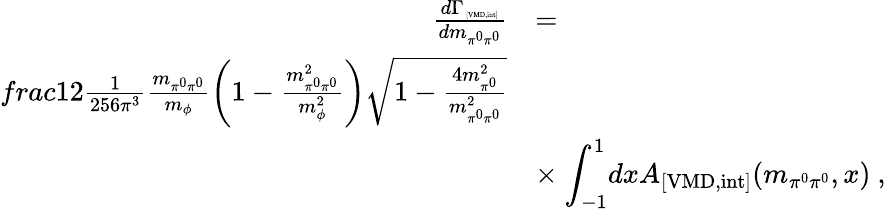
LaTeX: \begin{array}{rl}{{\frac{d\Gamma_{\mathrm{\tiny~[VMD,int]}}}{dm_{\pi^{0}\pi^{0}}}}}&{{=}}\\ {{frac{1}{2}\frac{1}{256\pi^{3}}\frac{m_{\pi^{0}\pi^{0}}}{m_{\phi}}\left(1-\frac{m_{\pi^{0}\pi^{0}}^{2}}{m_{\phi}^{2}}\right)\sqrt{1-\frac{4m_{\pi^{0}}^{2}}{m_{\pi^{0}\pi^{0}}^{2}}}}}\\ {{}}&{{\times\ {\displaystyle\int_{-1}^{1}}dxA_{\mathrm{[VMD,int]}}(m_{\pi^{0}\pi^{0}},x)\ ,}}\end{array}